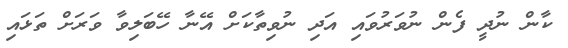
ކާން ނުދީ ފެން ނުވަރުވައި އަދި ނުވިތާކަށް އޭނާ ހޭބަލިވާ ވަރަށް ތަޅައި